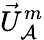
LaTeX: \vec{U}_{\mathcal{A}}^{m}